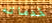
خدماته